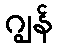
ဂျွန်